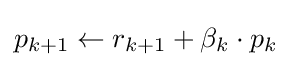
p_{k+1}\leftarrow r_{k+1}+\beta _{k}\cdot p_{k}